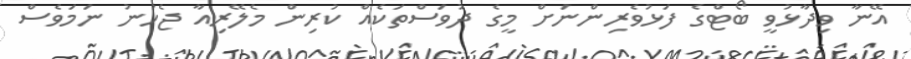
އޭނާ ވިދާޅުވީ ބޯޓްގެ ފަޅުވެރިންނަށް މީގެ ދުވަސްތަކެއް ކުރިން މެލޭރިއާ ޖެހުނު ނަމަވެސް